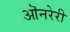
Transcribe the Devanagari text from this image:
ऒनरेरी